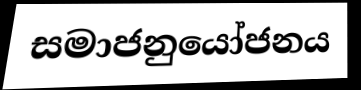
සමාජනුයෝජනය